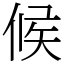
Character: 候